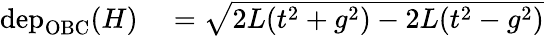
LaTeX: \begin{array}{rl}{\mathrm{dep}_{\mathrm{OBC}}(H)}&{{}=\sqrt{2L(t^{2}+g^{2})-2L(t^{2}-g^{2})}}\end{array}